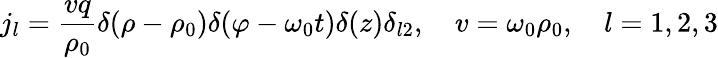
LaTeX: j_{l}=\frac{vq}{\rho_{0}}\delta(\rho-\rho_{0})\delta(\varphi-\omega_{0}t)\delta(z)\delta_{l2},\quad v=\omega_{0}\rho_{0},\quad l=1,2,3